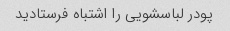
پودر لباسشویی را اشتباه فرستادید